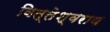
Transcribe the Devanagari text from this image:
वित्तेश्वराय